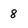
Character: 8